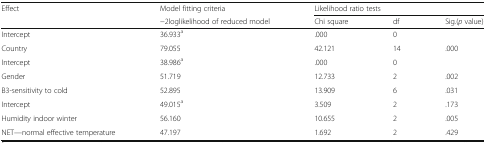
| <ROWSPAN=2> Effect | Model fitting criteria | <COLSPAN=3> Likelihood ratio tests |
 | −2loglikelihood of reduced model | Chi square | df | Sig.(p value) |
 | --- | --- | --- | --- | --- |
 | Intercept | 36.933a | .000 | 0 |  |
 | Country | 79.055 | 42.121 | 14 | .000 |
 | Intercept | 38.986a | .000 | 0 |  |
 | Gender | 51.719 | 12.733 | 2 | .002 |
 | B3-sensitivity to cold | 52.895 | 13.909 | 6 | .031 |
 | Intercept | 49.015a | 3.509 | 2 | .173 |
 | Humidity indoor winter | 56.160 | 10.655 | 2 | .005 |
 | NET—normal effective temperature | 47.197 | 1.692 | 2 | .429 |